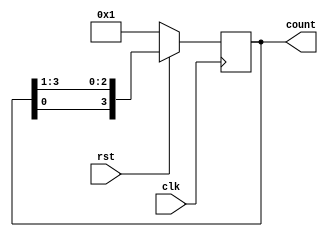
`timescale 1ns/1ps

module ringCounter(clk, rst, count);//ringCounter modlnn tanmlanmas
  parameter WIDTH = 4;// johnson counter boyutu iin parametre. leklendirilebilirlik salyor
  
  input wire clk, rst;
  output reg [WIDTH-1:0]count; //nceden tanmlanan parametreye gre otomatik boyutlandrlan k registeri
    
  always @ (posedge clk) begin //clk nin ykselen kenarnda gerekleecek olaylar
    
    if (~rst) count=4'b0001;	//reset gelirse saya sfrlanr, ring counterin sfr 0001'dir.
    
    //ring counterin doruluk tablosuna gre her clockta tm bitleri kaydrmak gerekiyor
    
    
    else count={count[0],count[WIDTH-1:1]}; //reset gelmezse bu kod paras tam olarak bu ii yapar.
    	
  end
endmodule